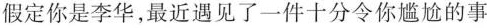
假定你是李华，最近遇见了一件十分令你尴尬的事